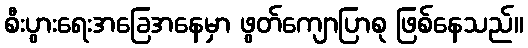
စီးပွားရေးအခြေအနေမှာ ဖွတ်ကျောပြာစု ဖြစ်နေသည်။